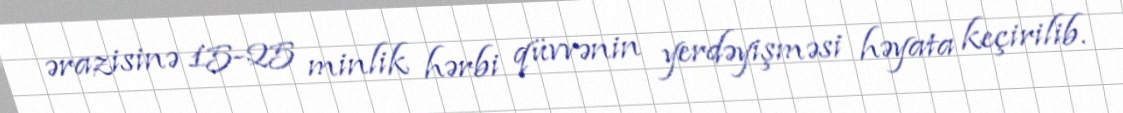
ərazisinə 15-25 minlik hərbi qüvvənin yerdəyişməsi həyata keçirilib.